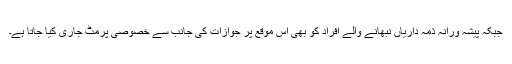
جبکہ پیشہ ورانہ ذمہ داریاں نبھانے والے افراد کو بھی اس موقع پر جوازات کی جانب سے خصوصی پرمٹ جاری کیا جاتا ہے۔